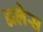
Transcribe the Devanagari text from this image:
अलेस